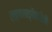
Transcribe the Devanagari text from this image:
लङ्कातङ्कैकहेतोः